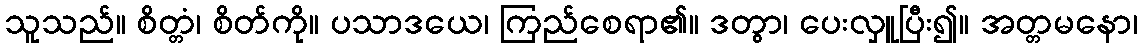
သူသည်။ စိတ္တံ၊ စိတ်ကို။ ပသာဒယေ၊ ကြည်စေရာ၏။ ဒတွာ၊ ပေးလှူပြီး၍။ အတ္တမနော၊